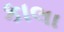
કાલા